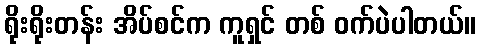
ရိုးရိုးတန်း အိပ်စင်က ကူရှင် တစ် ဝက်ပဲပါတယ်။